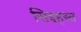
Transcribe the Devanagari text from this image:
सिद्दहस्त